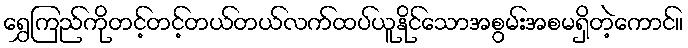
ရွှေကြည်ကိုတင့်တင့်တယ်တယ်လက်ထပ်ယူနိုင်သောအစွမ်းအစမရှိတဲ့ကောင်။